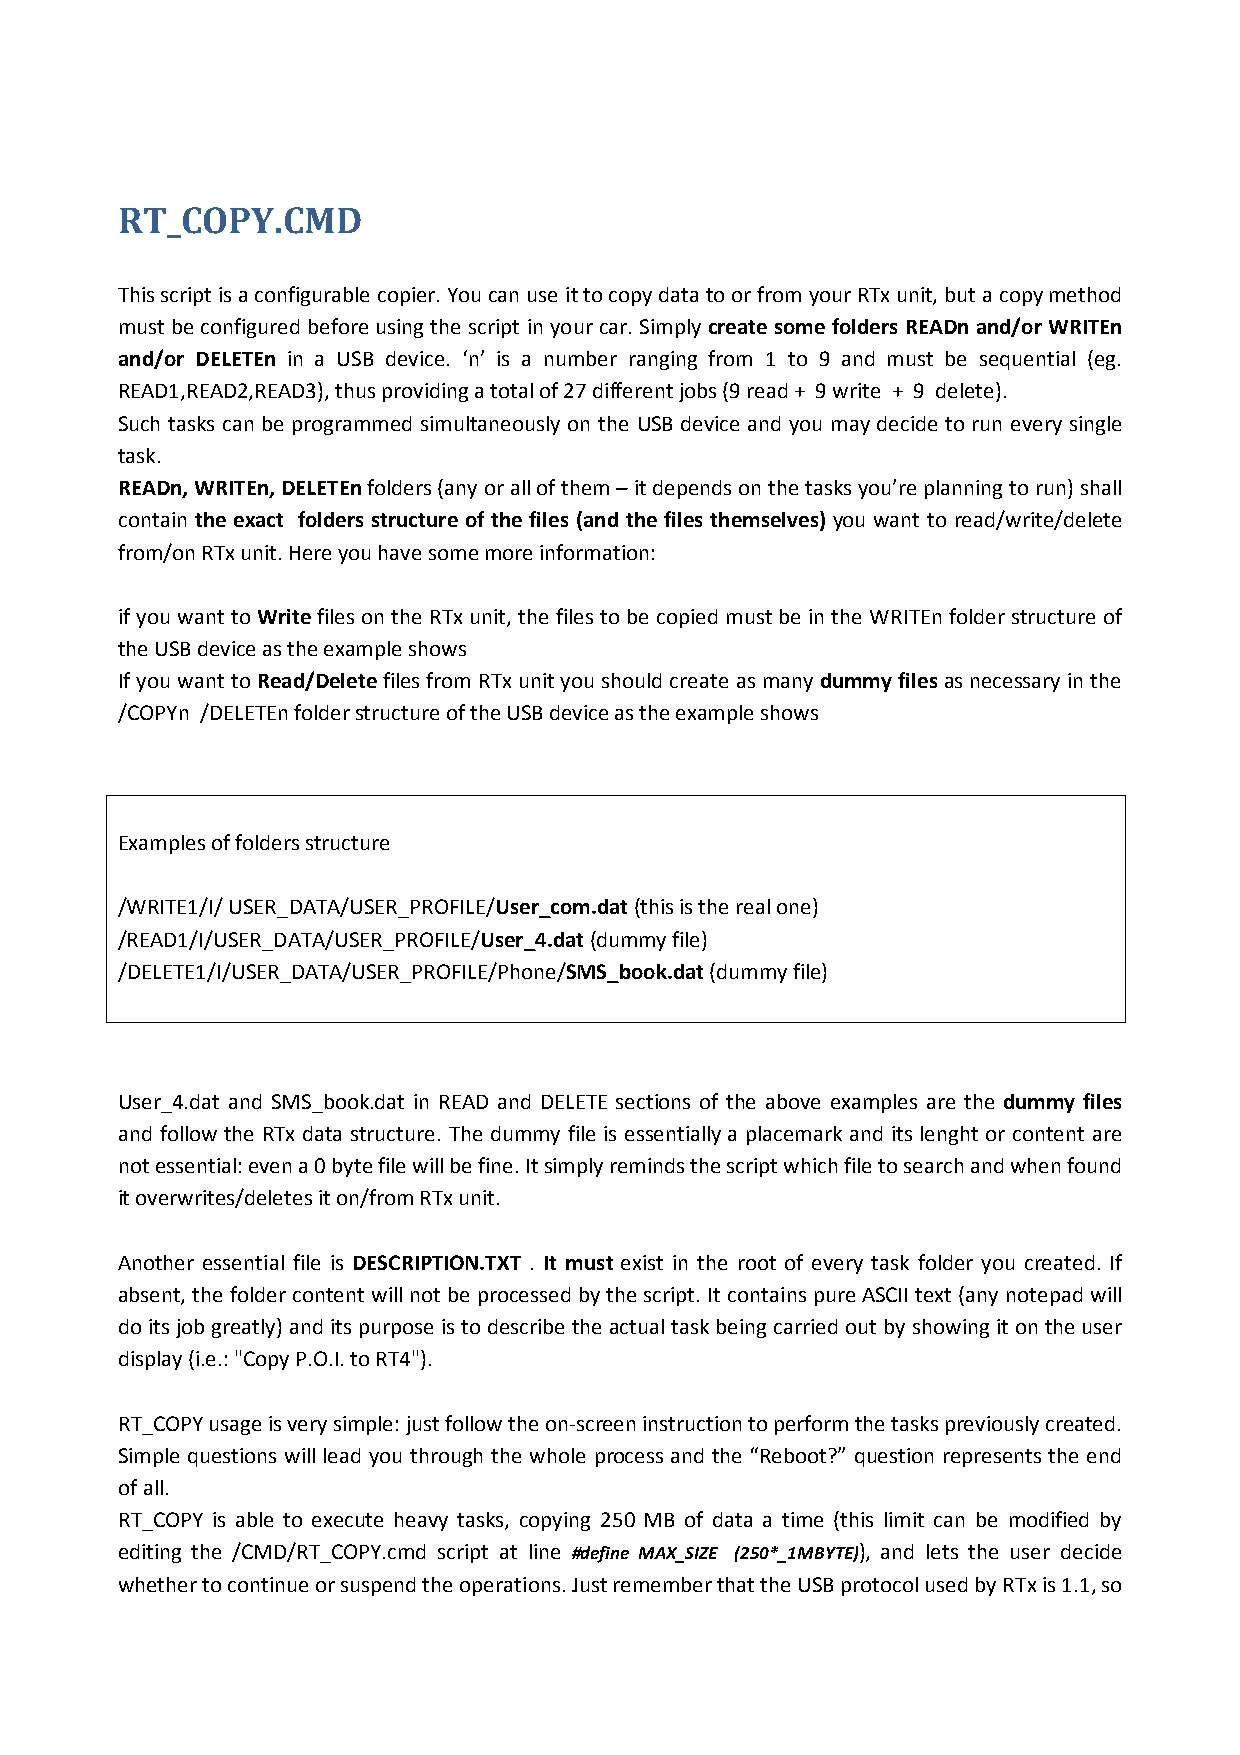
RT_COPY.CMD
 This script is a configurable copier. You can use it to copy data to or from your RTx unit, but a copy method
 must be configured before using the script in your car. Simply create some folders READn and/or WRITEn
 and/or DELETEn in a USB device. ‘n’ is a number ranging from 1 to 9 and must be sequential (eg.
 READ1,READ2,READ3), thus providing a total of 27 different jobs (9 read + 9 write + 9 delete).
 Such tasks can be programmed simultaneously on the USB device and you may decide to run every single
 task.
 READn, WRITEn, DELETEn folders (any or all of them – it depends on the tasks you’re planning to run) shall
 contain the exact folders structure of the files (and the files themselves) you want to read/write/delete
 from/on RTx unit. Here you have some more information:
 if you want to Write files on the RTx unit, the files to be copied must be in the WRITEn folder structure of
 the USB device as the example shows
 If you want to Read/Delete files from RTx unit you should create as many dummy files as necessary in the
 /COPYn /DELETEn folder structure of the USB device as the example shows
 Examples of folders structure
 /WRITE1/I/ USER_DATA/USER_PROFILE/User_com.dat (this is the real one)
 /READ1/I/USER_DATA/USER_PROFILE/User_4.dat (dummy file)
 /DELETE1/I/USER_DATA/USER_PROFILE/Phone/SMS_book.dat (dummy file)
 User_4.dat and SMS_book.dat in READ and DELETE sections of the above examples are the dummy files
 and follow the RTx data structure. The dummy file is essentially a placemark and its lenght or content are
 not essential: even a 0 byte file will be fine. It simply reminds the script which file to search and when found
 it overwrites/deletes it on/from RTx unit.
 Another essential file is DESCRIPTION.TXT . It must exist in the root of every task folder you created. If
 absent, the folder content will not be processed by the script. It contains pure ASCII text (any notepad will
 do its job greatly) and its purpose is to describe the actual task being carried out by showing it on the user
 display (i.e.: "Copy P.O.I. to RT4").
 RT_COPY usage is very simple: just follow the on-screen instruction to perform the tasks previously created.
 Simple questions will lead you through the whole process and the “Reboot?” question represents the end
 of all.
 RT_COPY is able to execute heavy tasks, copying 250 MB of data a time (this limit can be modified by
 editing the /CMD/RT_COPY.cmd script at line #define MAX_SIZE (250*_1MBYTE)), and lets the user decide
 whether to continue or suspend the operations. Just remember that the USB protocol used by RTx is 1.1, so